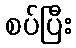
စပ်ပြီး